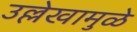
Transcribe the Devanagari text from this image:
उल्लेखामुळे